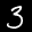
Label: 3